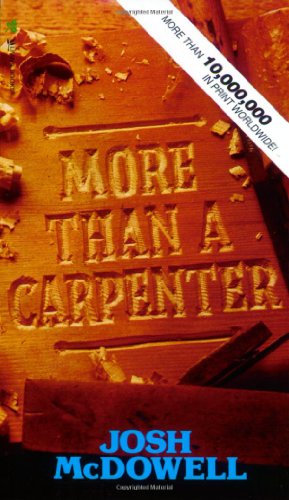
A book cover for More Than a Carpenter; Josh McDowell; Christian Books & Bibles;